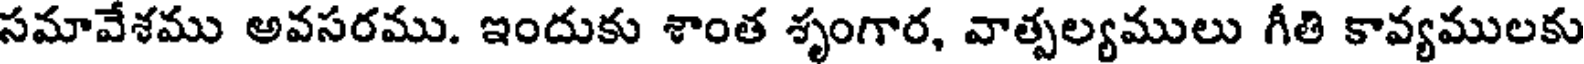
సమావేశము అవసరము. ఇందుకు శాంత శృంగార, వాత్పల్యములు గీతి కావ్యములకు